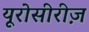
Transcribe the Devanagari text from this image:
यूरोसीरीज़